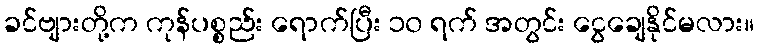
ခင်ဗျားတို့က ကုန်ပစ္စည်း ရောက်ပြီး ၁၀ ရက် အတွင်း ငွေချေနိုင်မလား။